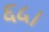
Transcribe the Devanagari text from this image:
६५।